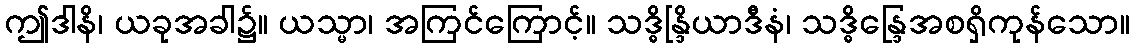
ဤဒါနိ၊ ယခုအခါ၌။ ယသ္မာ၊ အကြင်ကြောင့်။ သဒ္ဓိန္ဒြိယာဒီနံ၊ သဒ္ဓိန္ဒြေအစရှိကုန်သော။